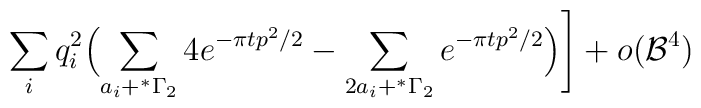
\sum_i  q_i^2 \Bigl(\sum_{a_i+^*\Gamma_2} 4  e^{-{\pi t} p^2/2}  - \sum_{2a_i+^*\Gamma_2} e^{-{\pi t} p^2/2}\Bigr)\Biggr] +o({\cal B}^4)